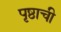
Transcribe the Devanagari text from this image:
पृष्ठाची